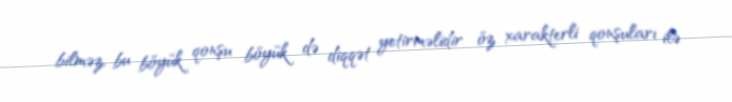
bilməz, bu böyük qonşu böyük də diqqət yetirməlidir öz xarakterli qonşuları ilə